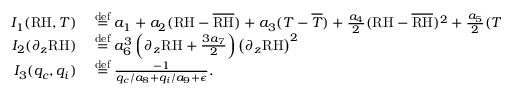
\begin{array} { r l } { I _ { 1 } ( \mathrm { R H } , T ) } & { { } \stackrel { \mathrm { d e f } } { = } a _ { 1 } + a _ { 2 } ( \mathrm { R H } - \overline { { \mathrm { R H } } } ) + a _ { 3 } ( T - \overline { { T } } ) + \frac { a _ { 4 } } { 2 } ( \mathrm { R H } - \overline { { \mathrm { R H } } } ) ^ { 2 } + \frac { a _ { 5 } } { 2 } ( T - \overline { { T } } ) ^ { 2 } ( \mathrm { R H } - \overline { { \mathrm { R H } } } ) } \\ { I _ { 2 } ( \partial _ { z } \mathrm { R H } ) } & { { } \stackrel { \mathrm { d e f } } { = } a _ { 6 } ^ { 3 } \left( \partial _ { z } \mathrm { R H } + \frac { 3 a _ { 7 } } { 2 } \right) \left( \partial _ { z } \mathrm { R H } \right) ^ { 2 } } \\ { I _ { 3 } ( q _ { c } , q _ { i } ) } & { { } \stackrel { \mathrm { d e f } } { = } \frac { - 1 } { q _ { c } / a _ { 8 } + q _ { i } / a _ { 9 } + \epsilon } . } \end{array}